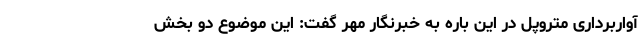
آواربرداری متروپل در این باره به خبرنگار مهر گفت: این موضوع دو بخش